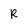
Character: r